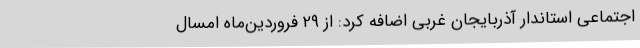
اجتماعی استاندار آذربایجان غربی اضافه کرد: از ۲۹ فروردین‌ماه امسال